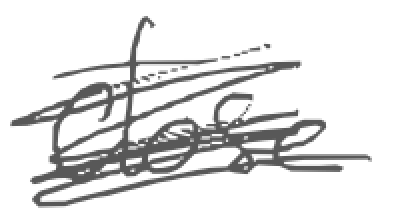
Text: close
Cross-out: scratch
Writing tool: digital_gray